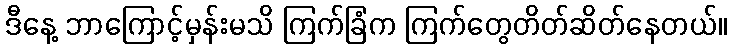
ဒီနေ့ ဘာကြောင့်မှန်းမသိ ကြက်ခြံက ကြက်တွေတိတ်ဆိတ်နေတယ်။